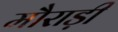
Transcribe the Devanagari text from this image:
मौराड़ी